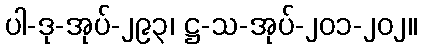
ပါ-ဒု-အုပ်-၂၉၃၊ ဋ္ဌ-သ-အုပ်-၂၀၁-၂၀၂။